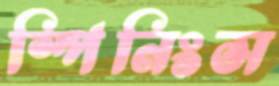
স্পিনিংস